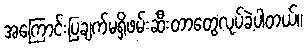
အကြောင်းပြချက်မရှိဖမ်းဆီးတာတွေလုပ်ခဲ့ပါတယ်။